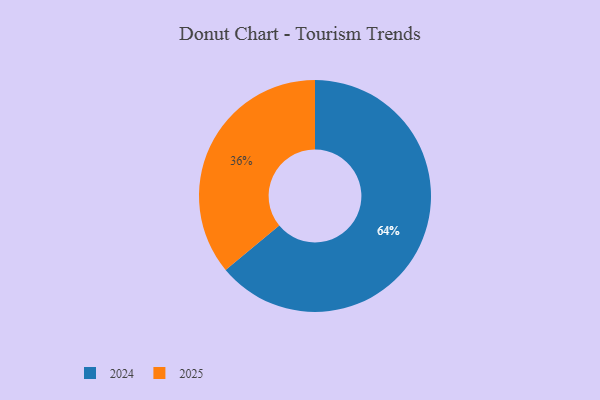
{"axis": {"x": "Category", "y": "Percentage"}, "legend": ["2024", "2025"], "data": [{"x": "2025", "y": 36, "type": "2025"}, {"x": "2024", "y": 64, "type": "2024"}]}